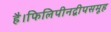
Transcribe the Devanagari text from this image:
है।फिलिपीनद्वीपसमूह